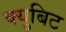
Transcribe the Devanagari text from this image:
क्युबिट